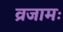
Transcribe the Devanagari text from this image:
व्रजामः